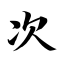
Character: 次